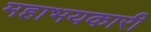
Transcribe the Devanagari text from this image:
महाभयकारी